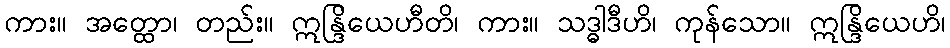
ကား။ အတ္ထော၊ တည်း။ ဣန္ဒြိယေဟီတိ၊ ကား။ သဒ္ဓါဒီဟိ၊ ကုန်သော။ ဣန္ဒြိယေဟိ၊